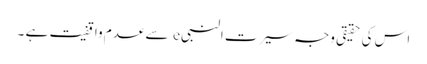
اس کی حقیقی وجہ سیرت النبیe سے عدم واقفیت ہے ۔